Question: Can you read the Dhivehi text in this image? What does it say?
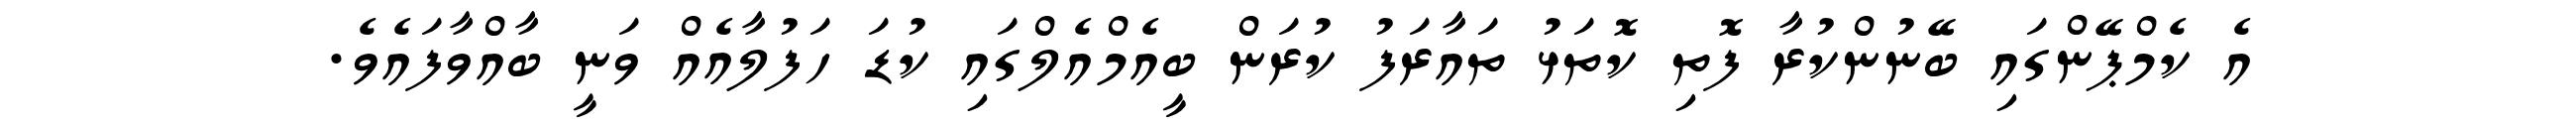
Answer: އެ ކެމްޕޭންގައި ބޭނުންކުރާ ފޮތި ކޮތަޅު ތައާރަފު ކުރަން ބީއެމްއެލްގައި ކުޑަ ހަފުލާއެއް ވަނީ ބާއްވާފައެވެ.